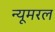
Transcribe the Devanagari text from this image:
न्यूमरल